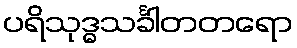
ပရိသုဒ္ဓသင်္ခါတတရော